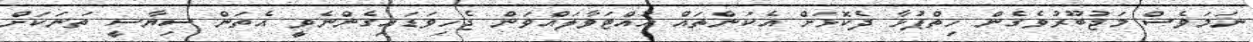
ނަމަވެސް މަޖުބޫރުވެގެން ހިތްޕުޅާ ދެކޮޅަށް އެކަންތައް ހުއްޓަވާލައްވަން ޖެހިވަޑައިގެންނެވީ އެތަން ސިޔާސީ ތަނަކަށް